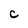
Character: C